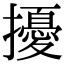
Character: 擾